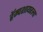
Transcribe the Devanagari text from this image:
हॅम्पशायरला